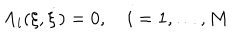
\Lambda _ { i } ( \xi , \dot { \xi } ) = 0 , \quad i = 1 , \dots , M